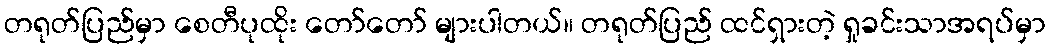
တရုတ်ပြည်မှာ စေတီပုထိုး တော်တော် များပါတယ်။ တရုတ်ပြည် ထင်ရှားတဲ့ ရှုခင်းသာအရပ်မှာ